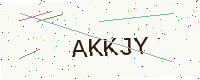
Text: AKKJY